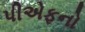
પીએફનો